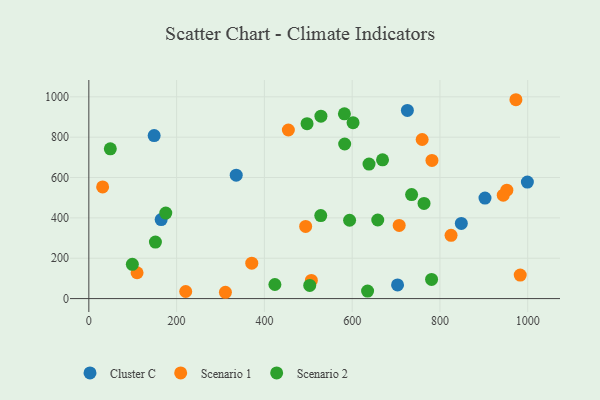
{"axis": {"x": "Ad Spend", "y": "Fuel Efficiency"}, "legend": ["Cluster C", "Scenario 1", "Scenario 2"], "data": [{"x": "725.8", "y": 932.6, "type": "Cluster C"}, {"x": "902.6", "y": 498.0, "type": "Cluster C"}, {"x": "335.8", "y": 611.7, "type": "Cluster C"}, {"x": "148.8", "y": 807.8, "type": "Cluster C"}, {"x": "999.2", "y": 577.6, "type": "Cluster C"}, {"x": "703.4", "y": 67.5, "type": "Cluster C"}, {"x": "164.8", "y": 391.7, "type": "Cluster C"}, {"x": "848.7", "y": 372.3, "type": "Cluster C"}, {"x": "952.4", "y": 537.5, "type": "Scenario 1"}, {"x": "454.6", "y": 835.5, "type": "Scenario 1"}, {"x": "781.8", "y": 684.7, "type": "Scenario 1"}, {"x": "982.9", "y": 116.3, "type": "Scenario 1"}, {"x": "707.1", "y": 362.6, "type": "Scenario 1"}, {"x": "973.1", "y": 985.6, "type": "Scenario 1"}, {"x": "944.2", "y": 512.3, "type": "Scenario 1"}, {"x": "31.4", "y": 553.4, "type": "Scenario 1"}, {"x": "494.0", "y": 357.8, "type": "Scenario 1"}, {"x": "507.0", "y": 90.1, "type": "Scenario 1"}, {"x": "109.9", "y": 128.1, "type": "Scenario 1"}, {"x": "311.2", "y": 31.3, "type": "Scenario 1"}, {"x": "825.3", "y": 313.6, "type": "Scenario 1"}, {"x": "371.2", "y": 175.3, "type": "Scenario 1"}, {"x": "759.5", "y": 788.5, "type": "Scenario 1"}, {"x": "220.7", "y": 35.1, "type": "Scenario 1"}, {"x": "735.4", "y": 515.4, "type": "Scenario 2"}, {"x": "658.3", "y": 389.4, "type": "Scenario 2"}, {"x": "602.0", "y": 872.0, "type": "Scenario 2"}, {"x": "582.9", "y": 766.1, "type": "Scenario 2"}, {"x": "503.3", "y": 65.4, "type": "Scenario 2"}, {"x": "48.9", "y": 742.3, "type": "Scenario 2"}, {"x": "763.7", "y": 471.5, "type": "Scenario 2"}, {"x": "638.4", "y": 666.9, "type": "Scenario 2"}, {"x": "99.1", "y": 169.7, "type": "Scenario 2"}, {"x": "582.3", "y": 915.7, "type": "Scenario 2"}, {"x": "594.1", "y": 388.3, "type": "Scenario 2"}, {"x": "669.2", "y": 687.9, "type": "Scenario 2"}, {"x": "151.7", "y": 280.3, "type": "Scenario 2"}, {"x": "780.9", "y": 94.9, "type": "Scenario 2"}, {"x": "528.8", "y": 904.1, "type": "Scenario 2"}, {"x": "528.4", "y": 411.6, "type": "Scenario 2"}, {"x": "635.1", "y": 37.2, "type": "Scenario 2"}, {"x": "497.2", "y": 866.8, "type": "Scenario 2"}, {"x": "175.3", "y": 423.6, "type": "Scenario 2"}, {"x": "423.9", "y": 69.8, "type": "Scenario 2"}]}